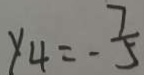
y _ { 4 } = - \frac { 7 } { 5 }